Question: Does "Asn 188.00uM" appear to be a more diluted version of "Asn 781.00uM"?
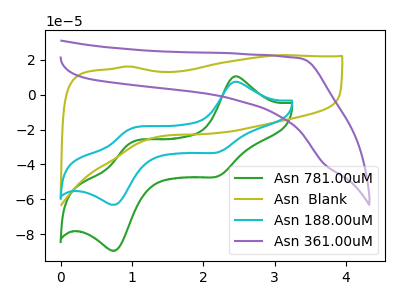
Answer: <think>The green curve "Asn 781.00uM" has anodic peaks at (2.45V, 10.40uA) (0.95V, -27.90uA) and cathodic peaks at (2.20V, -46.65uA) (0.80V, -89.15uA). The olive curve "Asn  Blank" has no peaks. The cyan curve "Asn 188.00uM" has anodic peaks at (2.45V, 7.35uA) (0.95V, -19.70uA) and cathodic peaks at (2.20V, -32.95uA) (0.80V, -62.90uA). The purple curve "Asn 361.00uM" has no peaks.
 All the peaks in "Asn 188.00uM" have a peak in "Asn 781.00uM" at the same potential.</think>
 <answer>I cant tell if "Asn 188.00uM" or "Asn 781.00uM" has higher concentration.</answer>
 <eval>mixed_concentration</eval>